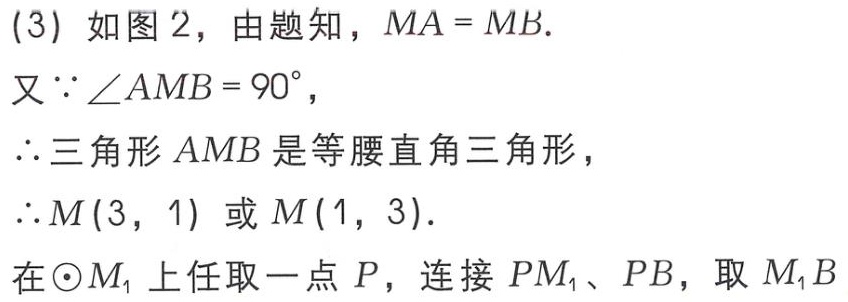
(3) 如图 2，由题知，$MA = MB$.
又$\because\angle AMB = 90^{\circ}$，
$\therefore$三角形$AMB$是等腰直角三角形，
$\therefore M(3,1)$或$M(1,3)$.
在$\odot M_{1}$上任取一点$P$，连接$PM_{1}$、$PB$，取$M_{1}B$